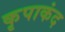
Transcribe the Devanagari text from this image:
कृपाकंद